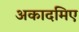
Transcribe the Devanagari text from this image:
अकादमिए